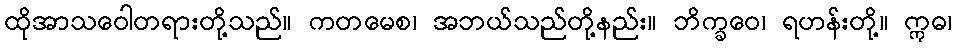
ထိုအာသဝေါတရားတို့သည်။ ကတမေစ၊ အဘယ်သည်တို့နည်း။ ဘိက္ခဝေ၊ ရဟန်းတို့။ ဣဓ၊